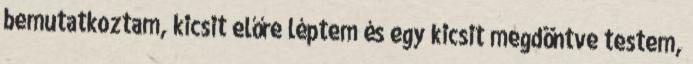
bemutatkoztam, kicsit előre léptem és egy kicsit megdöntve testem,